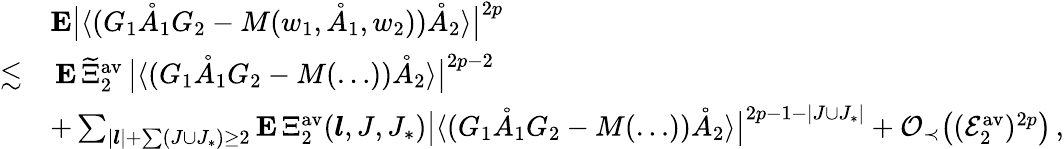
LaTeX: \begin{array}{rl}&{\mathbf{E}\big|\langle(G_{1}\mathring{A}_{1}G_{2}-M(w_{1},\mathring{A}_{1},w_{2}))\mathring{A}_{2}\rangle\big|^{2p}}\\ {\lesssim}&{\, \mathbf{E}\, \widetilde{\Xi}_{2}^{\mathrm{av}}\, \big\vert\langle(G_{1}\mathring{A}_{1}G_{2}-M(\ldots))\mathring{A}_{2}\rangle\big\vert^{2p-2}}\\ &{+\sum_{|\boldsymbol{l}|+\sum(J\cup J_{*})\ge 2}\mathbf{E}\, \Xi_{2}^{\mathrm{av}}(\boldsymbol{l},J,J_{*})\big\vert\langle(G_{1}\mathring{A}_{1}G_{2}-M(\ldots))\mathring{A}_{2}\rangle\big\vert^{2p-1-|J\cup J_{*}|}+\mathcal{O}_{\prec}\big((\mathcal{E}_{2}^{\mathrm{av}})^{2p}\big)\, ,}\end{array}